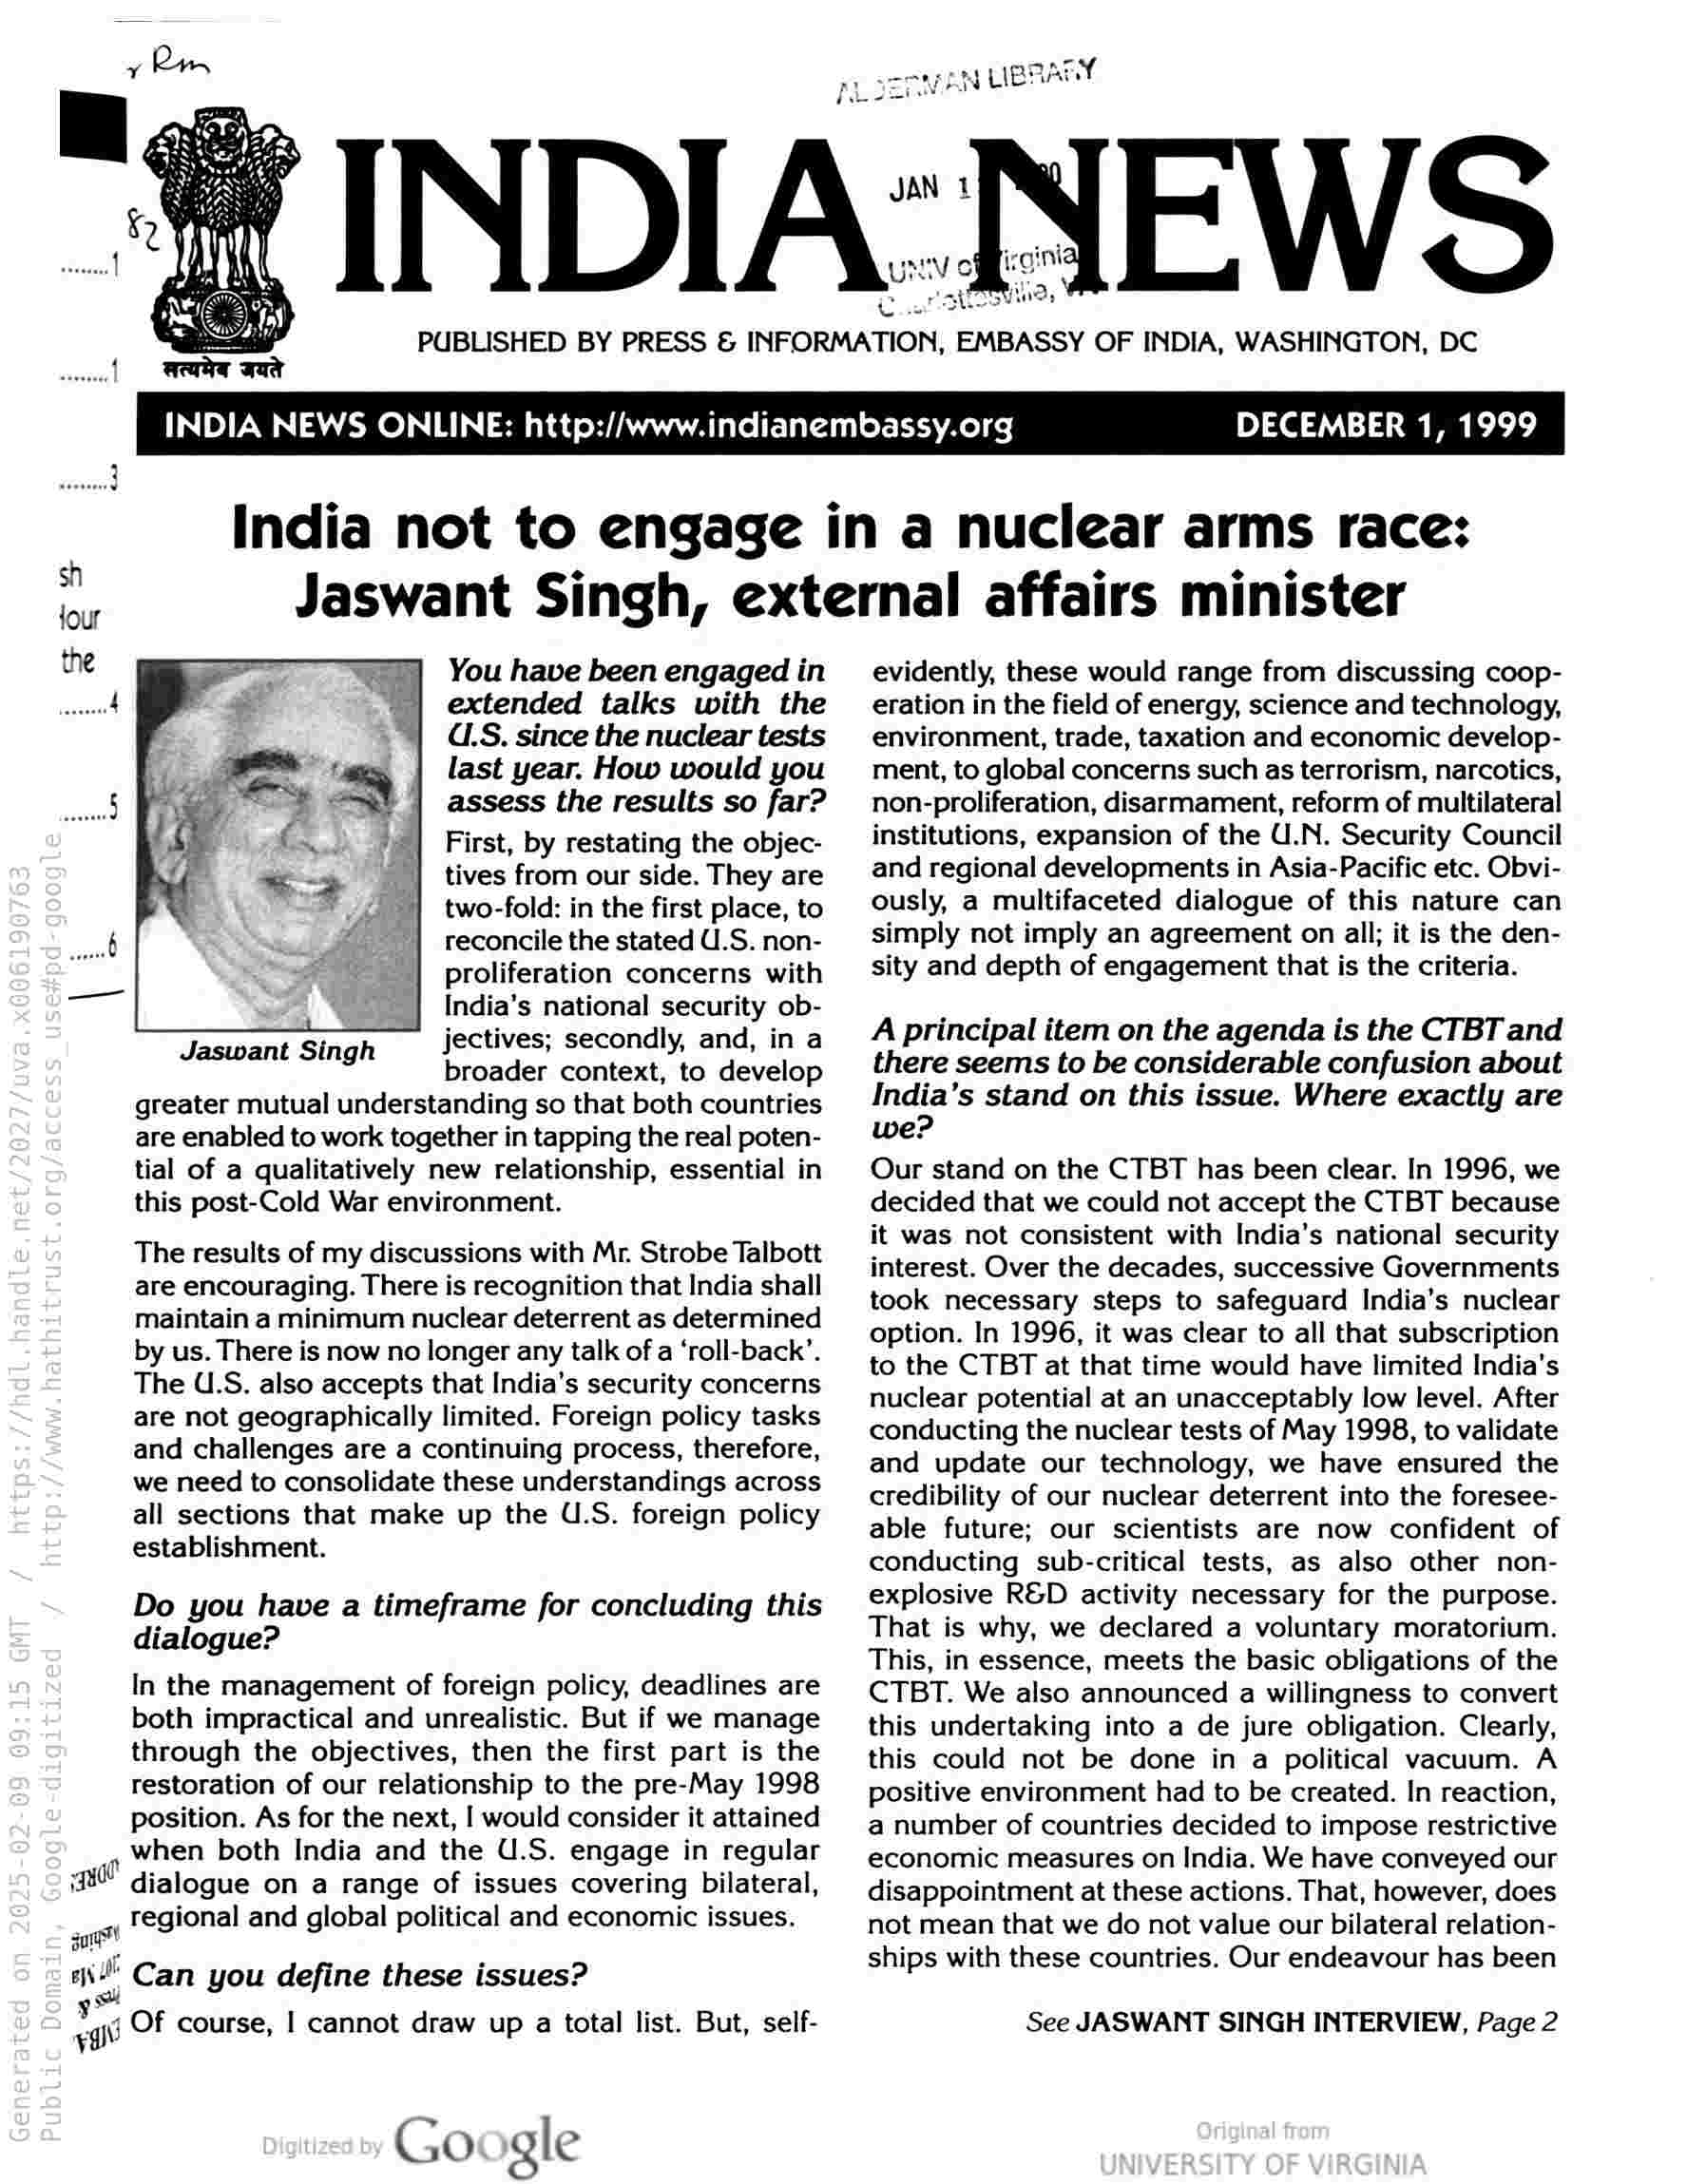
DECEMBER 1, 1999

India not to engage in a nuclear arms race:
Jaswant Singh, external affairs minister

You have been engaged in
extended talks with the
d.S. since the nuclear tests
last year. How would you
assess the results so far?
First, by restating the objec-
tives from our side. They are
two-fold: in the first place, to
reconcile the stated U.S. non-
proliferation concerns with
India’s national security ob-
jectives; secondly, and, in a
broader context, to develop
greater mutual understanding so that both countries
are enabled to work together in tapping the real poten-
tial of a qualitatively new relationship, essential in
this post-Cold War environment.

Jaswant Singh

The results of my discussions with Mr. Strobe Talbott
are encouraging. There is recognition that India shall
maintain a minimum nuclear deterrent as determined
by us. There is now no longer any talk of a ‘roll-back’.
The U.S. also accepts that India’s security concerns
are not geographically limited. Foreign policy tasks
and challenges are a continuing process, therefore,
we need to consolidate these understandings across
all sections that make up the U.S. foreign policy
establishment.

Do you have a timeframe for concluding this
dialogue?

In the management of foreign policy, deadlines are
both impractical and unrealistic. But if we manage
through the objectives, then the first part is the
restoration of our relationship to the pre-May 1998
position. As for the next, I would consider it attained
when both India and the U.S. engage in regular

aad dialogue on a range of issues covering bilateral,

aur

ow regional and global political and economic issues.

en yf Can you define these issues?
wi
a Of course, | cannot draw up a total list. But, self-

Google

evidently, these would range from discussing coop-
eration in the field of energy, science and technology,
environment, trade, taxation and economic develop-
ment, to global concerns such as terrorism, narcotics,
non-proliferation, disarmament, reform of multilateral
institutions, expansion of the U.N. Security Council
and regional developments in Asia-Pacific etc. Obvi-
ously, a multifaceted dialogue of this nature can
simply not imply an agreement on all; it is the den-
sity and depth of engagement that is the criteria.

A principal item on the agenda is the CTBT and
there seems to be considerable confusion about
India’s stand on this issue. Where exactly are
we?

Our stand on the CTBT has been clear. In 1996, we
decided that we could not accept the CTBT because
it was not consistent with India’s national security
interest. Over the decades, successive Governments
took necessary steps to safeguard India’s nuclear
option. In 1996, it was clear to all that subscription
to the CTBT at that time would have limited India's
nuclear potential at an unacceptably low level. After
conducting the nuclear tests of May 1998, to validate
and update our technology, we have ensured the
credibility of our nuclear deterrent into the foresee-
able future; our scientists are now confident of
conducting sub-critical tests, as also other non-
explosive R&D activity necessary for the purpose.
That is why, we declared a voluntary moratorium.
This, in essence, meets the basic obligations of the
CTBT. We also announced a willingness to convert
this undertaking into a de jure obligation. Clearly,
this could not be done in a political vacuum. A
positive environment had to be created. In reaction,
a number of countries decided to impose restrictive
economic measures on India. We have conveyed our
disappointment at these actions. That, however, does
not mean that we do not value our bilateral relation-
ships with these countries. Our endeavour has been

See JASWANT SINGH INTERVIEW, Page 2